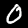
Digit: 0